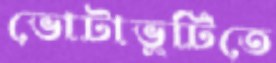
ভোটাভুটিতে